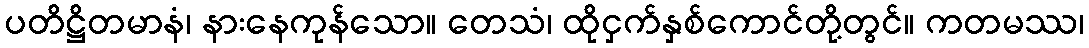
ပတိဋ္ဌိတမာနံ၊ နားနေကုန်သော။ တေသံ၊ ထိုငှက်နှစ်ကောင်တို့တွင်။ ကတမဿ၊